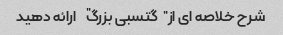
شرح خلاصه ای از "گتسبی بزرگ" ارائه دهید